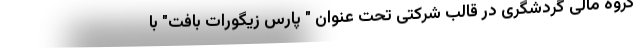
گروه مالی گردشگری در قالب شرکتی تحت عنوان " پارس زیگورات بافت" با